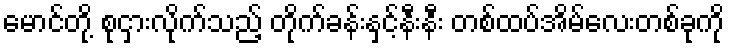
မောင်တို့ စုငှားလိုက်သည့် တိုက်ခန်းနှင့်နီးနီး တစ်ထပ်အိမ်လေးတစ်ခုကို